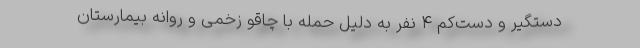
دستگیر و دست‌کم ۴ نفر به دلیل حمله با چاقو زخمی و روانه بیمارستان